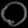
Digit: ၀